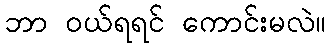
ဘာ ဝယ်ရရင် ကောင်းမလဲ။